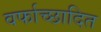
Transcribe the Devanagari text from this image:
वर्फाच्‍छादित